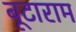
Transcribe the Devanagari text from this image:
बूटाराम